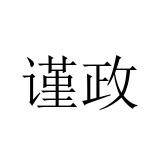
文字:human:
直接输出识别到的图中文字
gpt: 谨政